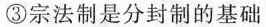
③宗法制是分封制的基础